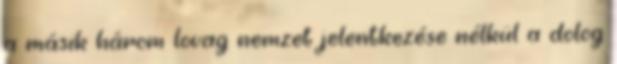
a másik három lovag nemzet jelentkezése nélkül a dolog